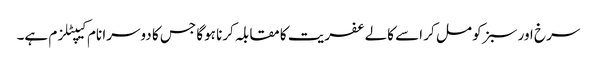
سرخ اور سبز کو مل کر اسے کالے عفریت کا مقابلہ کرنا ہوگا جس کا دوسرا نام کیپٹلزم ہے۔